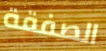
الصفقة